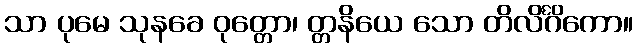
သာ ပုမေ သုနခေ ဝုတ္တော၊ တ္တနိယေ သော တိလိင်္ဂိကော။